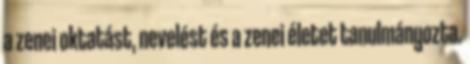
a zenei oktatást, nevelést és a zenei életet tanulmányozta.